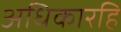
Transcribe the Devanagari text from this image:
अधिकारहि